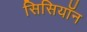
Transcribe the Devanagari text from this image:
सिसियॉन